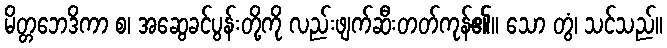
မိတ္တဘေဒိကာ စ၊ အဆွေခင်ပွန်းတို့ကို လည်းဖျက်ဆီးတတ်ကုန်၏။ သော တွံ၊ သင်သည်။